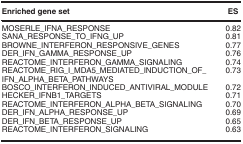
<table><thead><tr><td><b>Enriched gene set</b></td><td><b>ES</b></td></tr></thead><tbody><tr><td>MOSERLE_IFNA_RESPONSE</td><td>0.82</td></tr><tr><td>SANA_RESPONSE_TO_IFNG_UP</td><td>0.81</td></tr><tr><td>BROWNE_INTERFERON_RESPONSIVE_GENES</td><td>0.77</td></tr><tr><td>DER_IFN_GAMMA_RESPONSE_UP</td><td>0.76</td></tr><tr><td>REACTOME_INTERFERON_GAMMA_SIGNALING</td><td>0.74</td></tr><tr><td>REACTOME_RIG_I_MDA5_MEDIATED_INDUCTION_OF_ IFN_ALPHA_BETA_PATHWAYS</td><td>0.73</td></tr><tr><td>BOSCO_INTERFERON_INDUCED_ANTIVIRAL_MODULE</td><td>0.72</td></tr><tr><td>HECKER_IFNB1_TARGETS</td><td>0.71</td></tr><tr><td>REACTOME_INTERFERON_ALPHA_BETA_SIGNALING</td><td>0.70</td></tr><tr><td>DER_IFN_ALPHA_RESPONSE_UP</td><td>0.69</td></tr><tr><td>DER_IFN_BETA_RESPONSE_UP</td><td>0.65</td></tr><tr><td>REACTOME_INTERFERON_SIGNALING</td><td>0.63</td></tr></tbody></table>